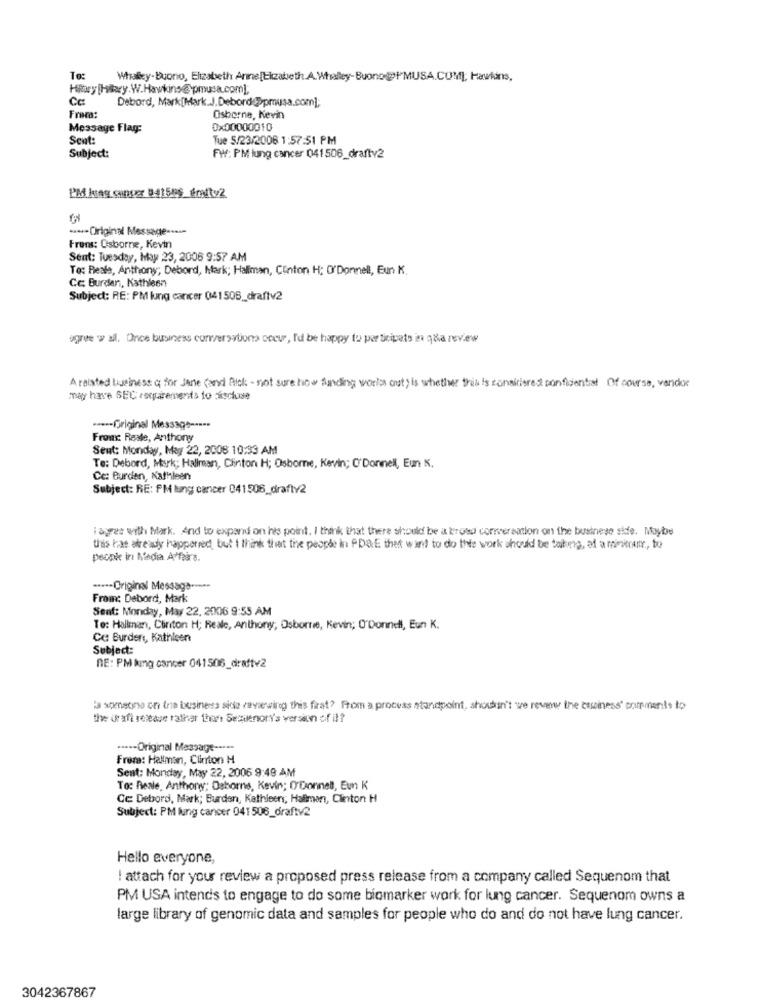
Whaley-Buono, Elizabeth Arme[Lizabeth.A.Whalley-Buono@PPMUSA.COM]; Hawkins,
Hary [Hilary. W.Hawkins@pmusa.com],
Cc
Debord, Mark[Mark.J.Debord@pprusa.com];
Fraca:
Osborne, Kevin
Message Flag:
0x00000010
Sent:
Tue 5/23/2006 1:57:51 PM
Subject:
FW: PM lung cancer 041506_drafty2
***- Original Message -- eu-
Frons: Osborne, Kevin
Sent: Tuesday, May 23, 2006 9:57 AM
To: Reals, Anthony; Debord, Mark; Haliman, Clinton H: O'Donnell, Eun K.
Cc: Burden, Kathleen
Subject: RE: PM lung cancer 041505_draftv2
ogret w al. Once business conversationa coeur, I'd be happy to participate in q&a review
A reiated business q for Jane (and Rick: - not sure how funding worlos out) is whether this is considered confidential Of course, vendor
may have SEC requirements to dische
****- Original Message -....
Fronx: Reale, Anthony
Sent: Monday, May 22, 2008 10:33 AM
Te: Debord, Mark; Hallman, Clinton H; Osborne, Kevin; O'Donnell, Eun .
Ce: Burden, Kathleen
Subject: RE: PM lung cancer 041506_draftv2
i agree with Mark. And to expand on his point. I think that there should be a kross conversation on the businese side. Maybe
this has already happenred, but I think that the people in PDRE that want to do this work should be taking, af a miekranr ., to
pecake in Media A fairs.
····· Original Message --***
From: Debord, Mark
Sent: Monday, May 22, 2006 9:55 AM
To: Hallman, Clinton H; Reale, Anthony; Osborne, Kevin; O'Donnell, Eun K.
Cu Burdens, Kathleen
Subject:
RE: PM king cancer 041506_draftv2
la someone on the business sine reviewing this firat? From a process standpoint, shoutin't we review the business' comments to
the un aft release rather than SesisenorY's version of il?
····- Original Message -···-
Freze: Hallman, Clinton H
Sent: Monday, May 22, 2006 9:49 AM
To: Reale, Anthony; Dahorns, Kevin; O'Donnell, Eun K
Cc: Debord, Mark; Burden, Kathleen; Haliman, Cinton H
Subject: PM lung cancer 041506_draftv2
Hello everyone,
! attach for your review a proposed press release from a company called Sequenom that
PM USA intends to engage to do some biomarker work for lung cancer. Sequenom owns a
large library of genomic data and samples for people who do and do not have lung cancer.
3042367867